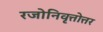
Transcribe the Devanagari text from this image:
रजोनिवृत्तोत्तर